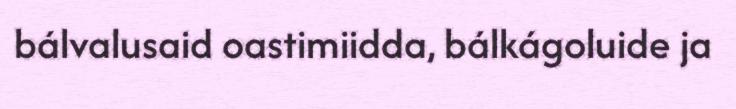
bálvalusaid oastimiidda, bálkágoluide ja